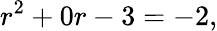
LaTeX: r^{2}+0r-3=-2,